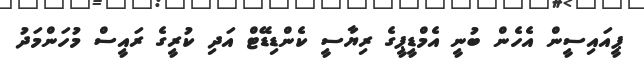
ޕީއައިސީން އެހެން ބުނީ އެމްޑީޕީގެ ރިޔާސީ ކެންޑިޑޭޓް އަދި ކުރީގެ ރައީސް މުހަންމަދު